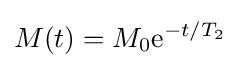
M(t)=M_{0}\mathrm {e} ^{-t/T_{2}}